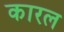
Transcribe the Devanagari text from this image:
कारल